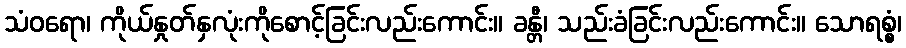
သံဝရော၊ ကိုယ်နှုတ်နှလုံးကိုစောင့်ခြင်းလည်းကောင်း။ ခန္တီ၊ သည်းခံခြင်းလည်းကောင်း။ သောရစ္စံ၊